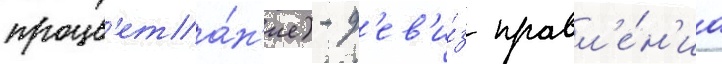
процв'ета́н'ие) - д'ев'и́з правл'е́н'иа